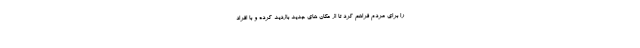
را برای مردم فراهم کرد تا از مکان های جدید بازدید کرده و با افراد